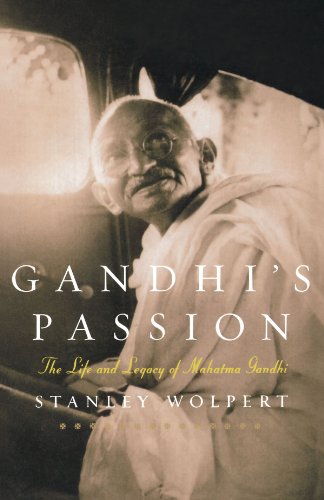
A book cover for Gandhi's Passion: The Life and Legacy of Mahatma Gandhi; Stanley Wolpert; Religion & Spirituality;